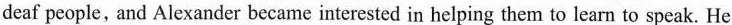
deaf people, and Alexander became interested in helping them to learn to speak. He